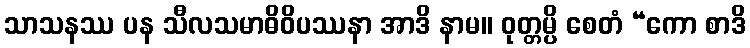
သာသနဿ ပန သီလသမာဓိဝိပဿနာ အာဒိ နာမ။ ဝုတ္တမ္ပိ စေတံ “ကော စာဒိ